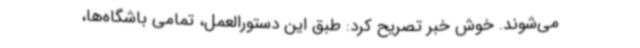
می‌شوند. خوش خبر تصریح کرد: طبق این دستورالعمل، تمامی باشگاه‌ها،